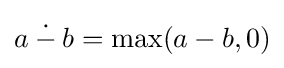
a\mathbin {\dot {-}} b=\max(a-b,0)